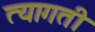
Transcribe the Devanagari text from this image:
त्यागती